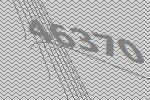
46370